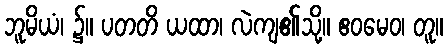
ဘူမိယံ၊ ၌။ ပတတိ ယထာ၊ လဲကျ၏သို့။ ဧဝမေဝ၊ တူ။